Lunatic asylums Central Provinces reports 1886-1894 - 1886-1894
Year: 1886
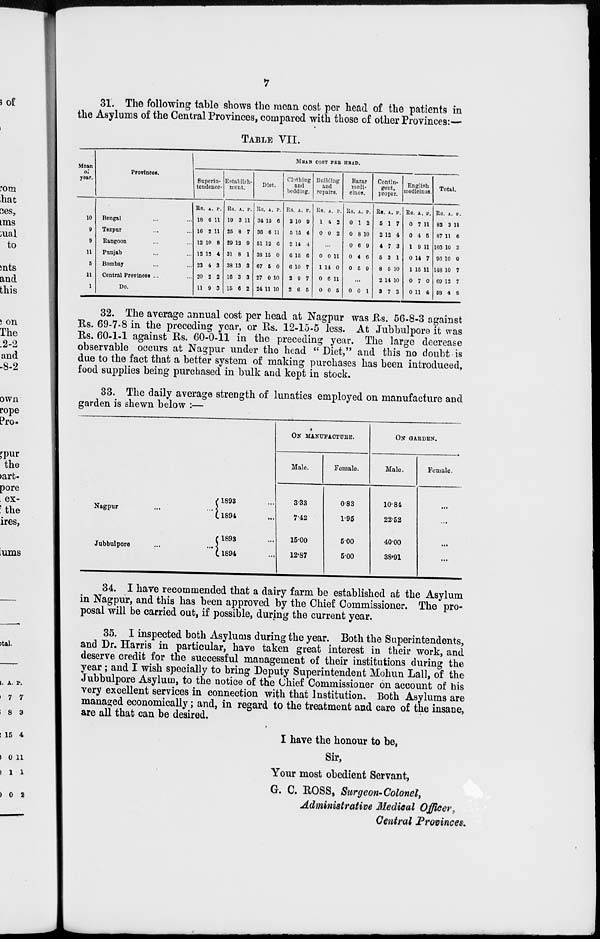
7
31. The following table shows the mean cost per head of the patients in
the Asylums of the Central Provinces, compared with those of other Provinces:—
TABLE VII.
Mean
of
year.
10
9
9
11
5
11
1
Provinces.
Bengal ... ...
Tezpur ... ...
Rangoon ... ...
Punjab ... ...
Bombay ... ...
Central Provinces ... ...
Do.
MEAN COST PER HEAD.
Superin-
tendence.
Rs.
18
16
12
12
23
20
11
A.
6
2
10
12
4
2
9
P.
11
11
8
4
3
2
3
Establish-
ment.
Rs
19
25
29
31
38
16
15
A.
3
8
12
8
13
3
6
P.
11
7
9
1
3
3
2
Diet.
Rs.
34
36
51
38
67
27
24
A.
15
6
12
15
5
0
11
P.
6
11
6
0
0
10
10
Clothing
and
bedding.
Rs.
2
5
2
6
6
2
2
A.
10
15
14
15
10
9
6
P.
9
4
4
6
7
7
5
Building
and
repairs.
Rs.
1
0
A.
4
0
P.
2
2
...
0
1
0
0
0
14
6
0
11
0
11
5
Bazar
medi-
cines.
Rs.
0
0
0
0
0
A.
1
8
6
4
5
P.
2
10
9
6
9
...
0 0 1
Contin-
gent.
proper.
Rs.
5
2
4
5
8
2
3
A.
1
12
7
3
5
14
7
P.
7
4
3
1
10
10
2
English
medicines.
Rs.
0
0
1
0
1
0
0
A.
7
4
9
14
15
7
11
P.
11
5
11
7
11
0
4
Total.
Rs.
82
87
103
96
148
69
58
A.
3
11
10
10
10
12
4
P.
11
6
2
0
7
7
8
32. The average annual cost per head at Nagpur was Rs. 56-8-3 against
Rs. 69-7-8 in the preceding year, or Rs. 12-15-5 less. At Jubbulpore it was
Rs. 60-1-1 against Rs. 60-0-11 in the preceding year. The large decrease
observable occurs at Nagpur under the head " Diet," and this no doubt is
due to the fact that a better system of making purchases has been introduced,
food supplies being purchased in bulk and kept in stock.
33. The daily average strength of lunatics employed on manufacture and
garden is shewn below :—
Nagpur ... ...
Jubbulpore
...
...
1893 ...
1894 ...
1893 ...
1894 ...
ON MANUFACTURE.
Male.
3.33
7.42
15.00
12.87
Female.
0.83
1.95
5.00
5.00
ON GARDEN.
Male.
10.84
22.52
40.00
38.91
Female.
...
...
...
...
34. I have recommended that a dairy farm be established at the Asylum
in Nagpur, and this has been approved by the Chief Commissioner. The pro-
posal will be carried out, if possible, during the current year.
35. I inspected both Asylums during the year. Both the Superintendents,
and Dr. Harris in particular, have taken great interest in their work, and
deserve credit for the successful management of their institutions during the
year; and I wish specially to bring Deputy Superintendent Mohun Lall, of the
Jubbulpore Asylum, to the notice of the Chief Commissioner on account of his
very excellent services in connection with that Institution, Both Asylums are
managed economically; and, in regard to the treatment and care of the insane,
are all that can be desired.
I have the honour to be,
Sir,
Your most obedient Servant,
G. C. ROSS, Surgeon-Colonel,
Administrative Medical Officer,
Central Provinces.